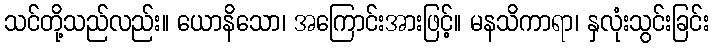
သင်တို့သည်လည်း။ ယောနိသော၊ အကြောင်းအားဖြင့်။ မနသိကာရာ၊ နှလုံးသွင်းခြင်း